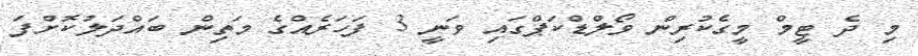
މި ދެ ޓީމް މީގެކުރިން ވޯލްޑްކަޕްގައި ވަނީ 3 ފަހަރެއްގެ މަތިން ބައްދަލުކޮށްފަ